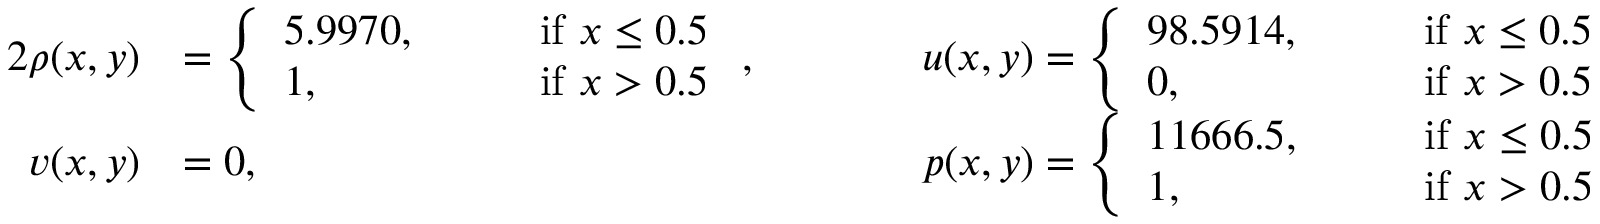
\begin{array} { r l r l } { { 2 } \rho ( x , y ) } & { = \left\{ \begin{array} { l l } { 5 . 9 9 7 0 , \qquad } & { \mathrm { i f ~ } x \le 0 . 5 } \\ { 1 , } & { \mathrm { i f ~ } x > 0 . 5 } \end{array} \right. , \qquad } & & { u ( x , y ) = \left\{ \begin{array} { l l } { 9 8 . 5 9 1 4 , \qquad } & { \mathrm { i f ~ } x \le 0 . 5 } \\ { 0 , } & { \mathrm { i f ~ } x > 0 . 5 } \end{array} \right. } \\ { v ( x , y ) } & { = 0 , \qquad } & & { p ( x , y ) = \left\{ \begin{array} { l l } { 1 1 6 6 6 . 5 , \qquad } & { \mathrm { i f ~ } x \le 0 . 5 } \\ { 1 , } & { \mathrm { i f ~ } x > 0 . 5 } \end{array} \right. } \end{array}